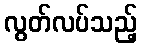
လွတ်လပ်သည့်